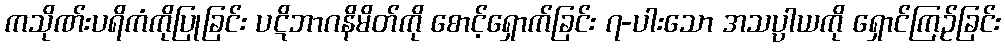
ကသိုဏ်းပရိကံကိုပြုခြင်း ပဋိဘာဂနိမိတ်ကို စောင့်ရှောက်ခြင်း ၇-ပါးသော အသပ္ပါယကို ရှောင်ကြဉ်ခြင်း